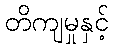
တိကျမှုနှင့်